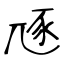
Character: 豗